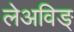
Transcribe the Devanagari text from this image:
लेअविङ्